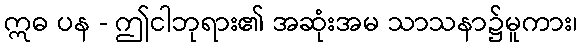
ဣဓ ပန - ဤငါဘုရား၏ အဆုံးအမ သာသနာ၌မူကား၊